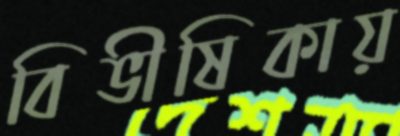
বিভীষিকায়